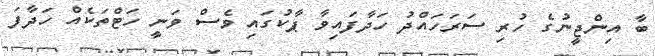
ބާ އިންޖީނުގެ ހުރި ސަރަހައްދު ހަދާފައިވާ ޕާކުގައި ވެސް ވަނީ ހަޓްތަކެއް ހަދާފަ